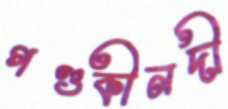
গণ্ডকীনদী